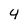
Character: 4